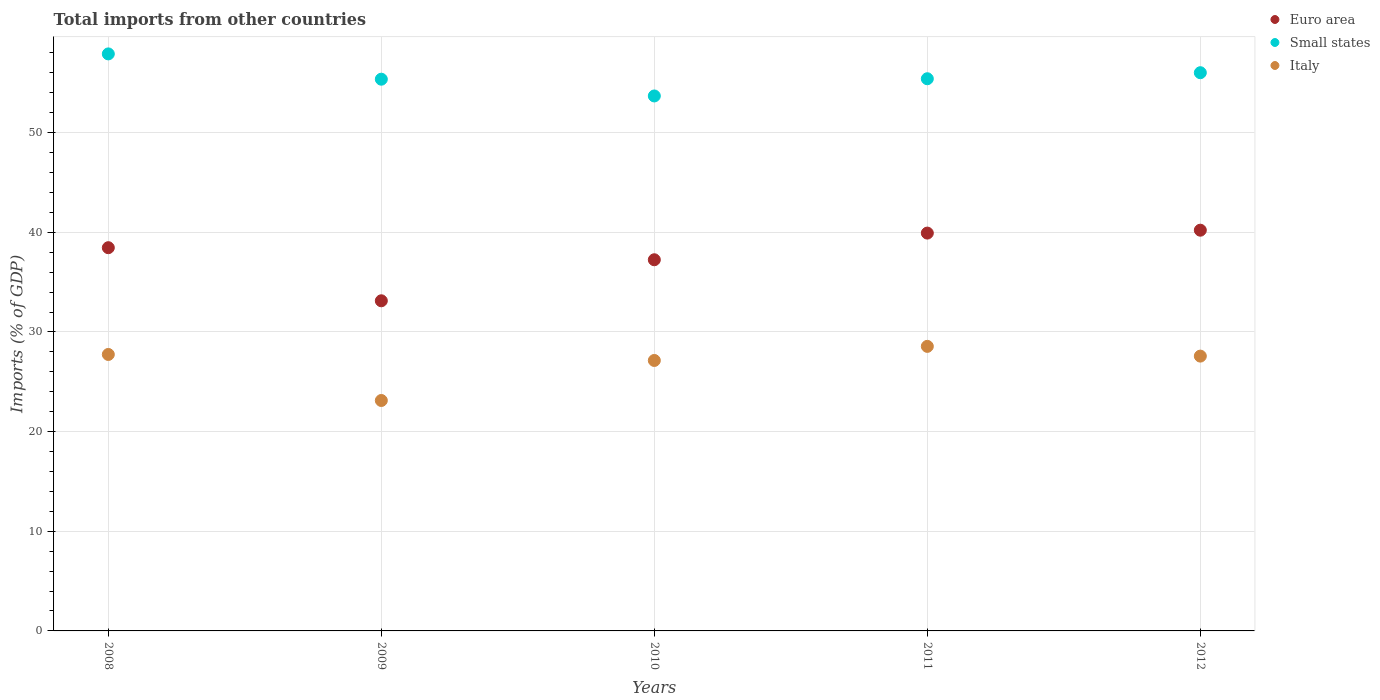
| Years | Euro area | Small states | Italy |
 | --- | --- | --- | --- |
 | 2008 | 38.5 | 57.9 | 27.7 |
 | 2009 | 33.1 | 55.4 | 23.1 |
 | 2010 | 37.2 | 53.7 | 27.1 |
 | 2011 | 39.9 | 55.4 | 28.6 |
 | 2012 | 40.2 | 56 | 27.6 |